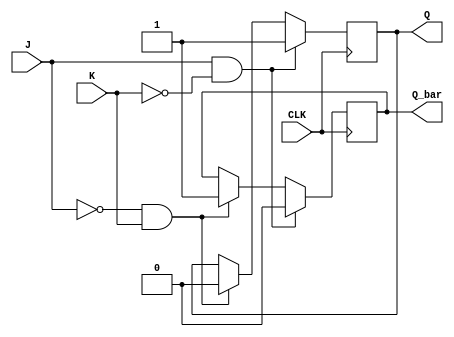
module jk_flip_flop (
  input CLK,     // Clock input
  input J,       // J input
  input K,       // K input
  output Q,      // Q output
  output Q_bar   // Q' (Q bar) output
);

  reg Q, Q_bar; // Flip-flop outputs
  
  always @(posedge CLK) begin
    if (J & ~K)
      Q <= 1'b1;
    else if (~J & K)
      Q <= 1'b0;
  end

  always @(posedge CLK) begin
    if (J & ~K)
      Q_bar <= 1'b0;
    else if (~J & K)
      Q_bar <= 1'b1;
  end

endmodule